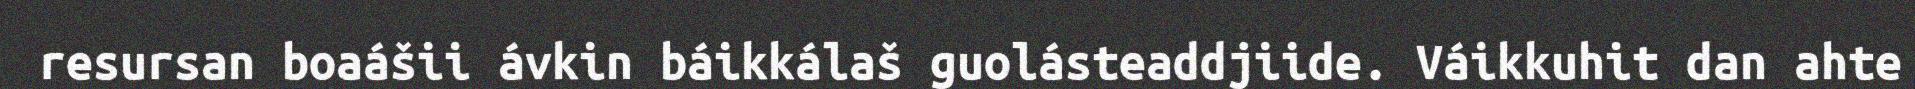
resursan boaášii ávkin báikkálaš guolásteaddjiide. Váikkuhit dan ahte